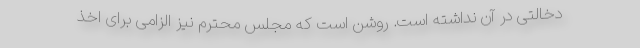
دخالتی در آن نداشته است. روشن است که مجلس محترم نیز الزامی برای اخذ